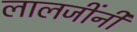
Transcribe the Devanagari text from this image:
लालजींनी